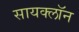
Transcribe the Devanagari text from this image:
सायक्लॉन